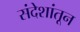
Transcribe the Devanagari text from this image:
संदेशांतून